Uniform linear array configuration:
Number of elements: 4
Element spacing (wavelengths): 1
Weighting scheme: kaiser
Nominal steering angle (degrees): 0
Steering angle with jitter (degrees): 1.426
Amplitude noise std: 0.05
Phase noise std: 0.05

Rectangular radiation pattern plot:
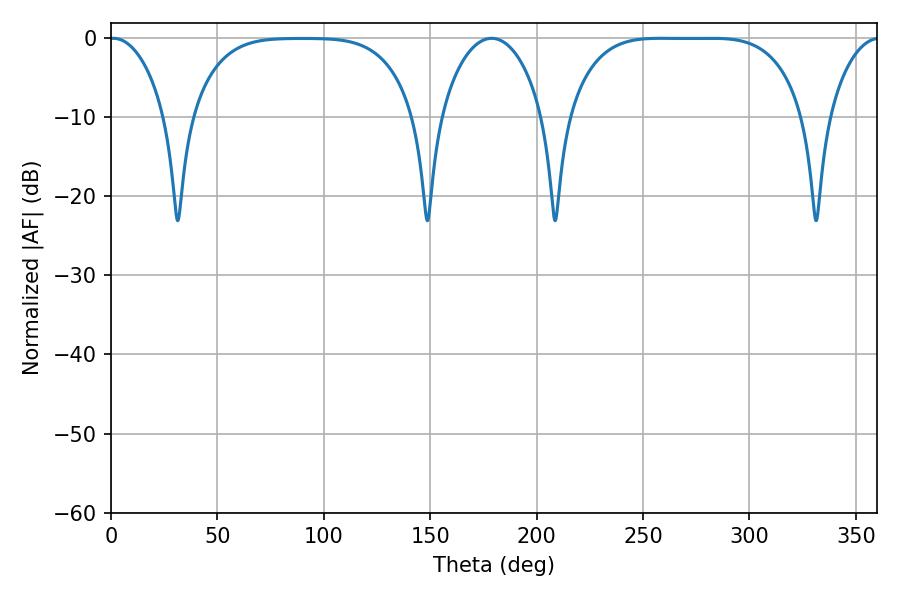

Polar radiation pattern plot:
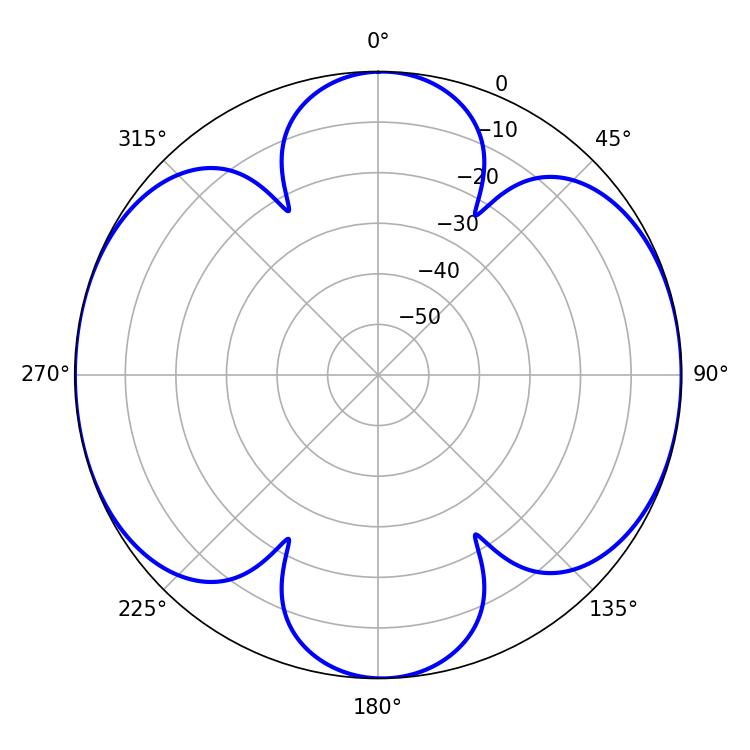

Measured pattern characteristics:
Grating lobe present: TRUE
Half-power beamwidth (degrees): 84.24
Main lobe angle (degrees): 258.66